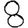
Digit: 8